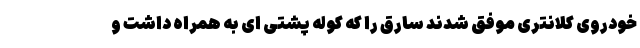
خودروی کلانتری موفق شدند سارق را که کوله پشتی ‌ای به همراه داشت و